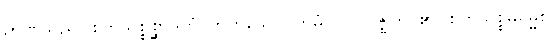
ဉာဏ်သည်။ စတုသစ္စစ္ဆာဒကံ၊ တတ်သော။ တမံ၊ ကို။ ဝိဇ္ဈတိ၊ ၏။ စတုသစ္စဓမ္မေစ၊